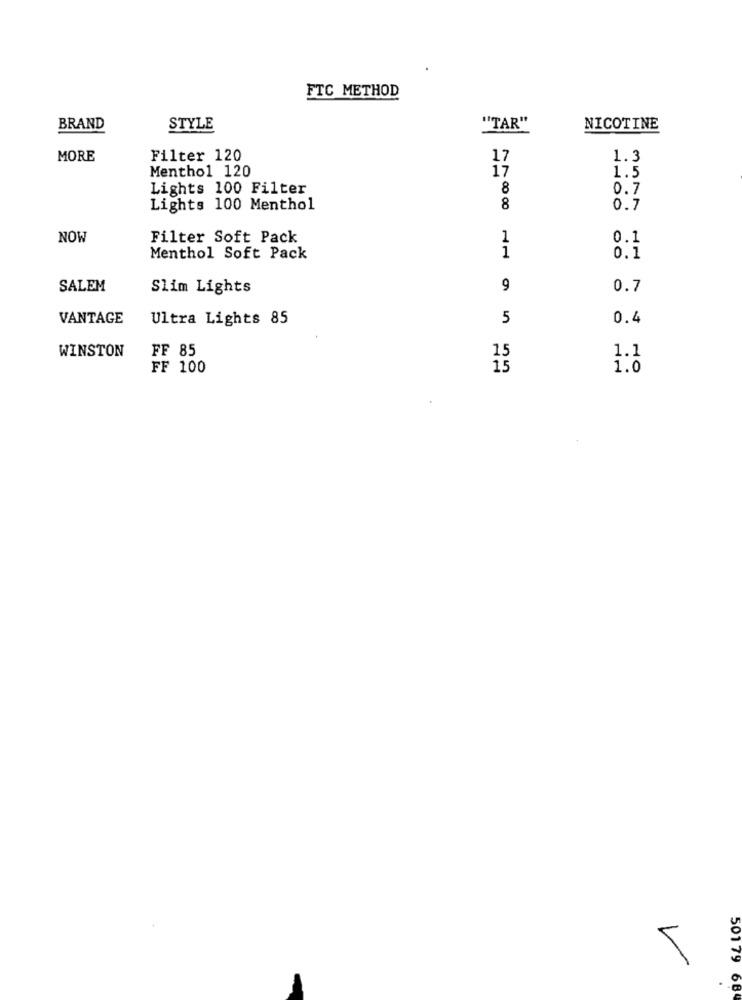
FTC METHOD
BRAND
STYLE
"TAR"
NICOTINE
MORE
Filter 120
17
1.3
Menthol 120
17
1.5
Lights 100 Filter
8
0.7
Lights 100 Menthol
8
0.7
NOW
Filter Soft Pack
1
0.1
1
Menthol Soft Pack
0.1
SALEM
Slim Lights
9
0.7
VANTAGE
Ultra Lights 85
5
0.4
WINSTON
FF 85
1.1
15
FF 100
1.0
50179 684